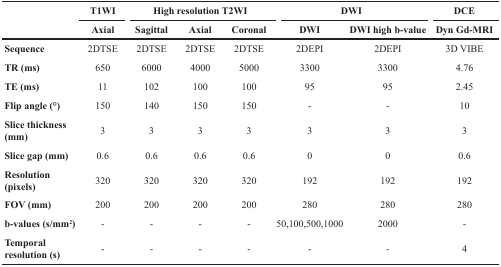
<table><thead><tr><td rowspan="2"></td><td><b>T1WI</b></td><td colspan="3"><b>High resolution T2WI</b></td><td colspan="2"><b>DWI</b></td><td><b>DCE</b></td></tr><tr><td><b>Axial</b></td><td><b>Sagittal</b></td><td><b>Axial</b></td><td><b>Coronal</b></td><td><b>DWI</b></td><td><b>DWI high b-value</b></td><td><b>Dyn Gd-MRI</b></td></tr></thead><tbody><tr><td><b>Sequence</b></td><td>2DTSE</td><td>2DTSE</td><td>2DTSE</td><td>2DTSE</td><td>2DEPI</td><td>2DEPI</td><td>3D VIBE</td></tr><tr><td><b>TR (ms)</b></td><td>650</td><td>6000</td><td>4000</td><td>5000</td><td>3300</td><td>3300</td><td>4.76</td></tr><tr><td><b>TE (ms)</b></td><td>11</td><td>102</td><td>100</td><td>100</td><td>95</td><td>95</td><td>2.45</td></tr><tr><td><b>Flip angle (°)</b></td><td>150</td><td>140</td><td>150</td><td>150</td><td>-</td><td>-</td><td>10</td></tr><tr><td><b>Slice thickness (mm)</b></td><td>3</td><td>3</td><td>3</td><td>3</td><td>3</td><td>3</td><td>3</td></tr><tr><td><b>Slice gap (mm)</b></td><td>0.6</td><td>0.6</td><td>0.6</td><td>0.6</td><td>0</td><td>0</td><td>0.6</td></tr><tr><td><b>Resolution (pixels)</b></td><td>320</td><td>320</td><td>320</td><td>320</td><td>192</td><td>192</td><td>192</td></tr><tr><td><b>FOV (mm)</b></td><td>200</td><td>200</td><td>200</td><td>200</td><td>280</td><td>280</td><td>280</td></tr><tr><td><b>b-values (s/mm<sup>2</sup>)</b></td><td>-</td><td>-</td><td>-</td><td>-</td><td>50,100,500,1000</td><td>2000</td><td>-</td></tr><tr><td><b>Temporal resolution (s)</b></td><td>-</td><td>-</td><td>-</td><td>-</td><td>-</td><td>-</td><td>4</td></tr></tbody></table>